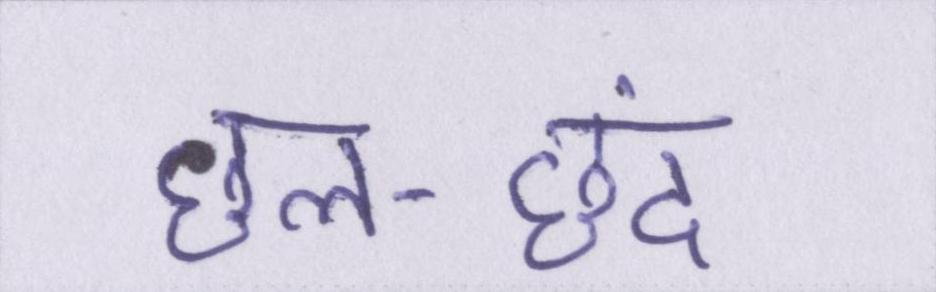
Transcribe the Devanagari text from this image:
छल-छंद